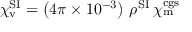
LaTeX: \chi _ { \mathrm { v } } ^ { \mathrm { S I } } = \left( 4 \pi \times 1 0 ^ { - 3 } \right) \, \rho ^ { \mathrm { { S I } } } \, \chi _ { \mathrm { m } } ^ { \mathrm { c g s } }